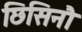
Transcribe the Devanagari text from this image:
छिसिनौ